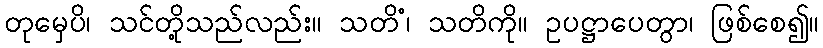
တုမှေပိ၊ သင်တို့သည်လည်း။ သတိံ၊ သတိကို။ ဥပဋ္ဌာပေတွာ၊ ဖြစ်စေ၍။